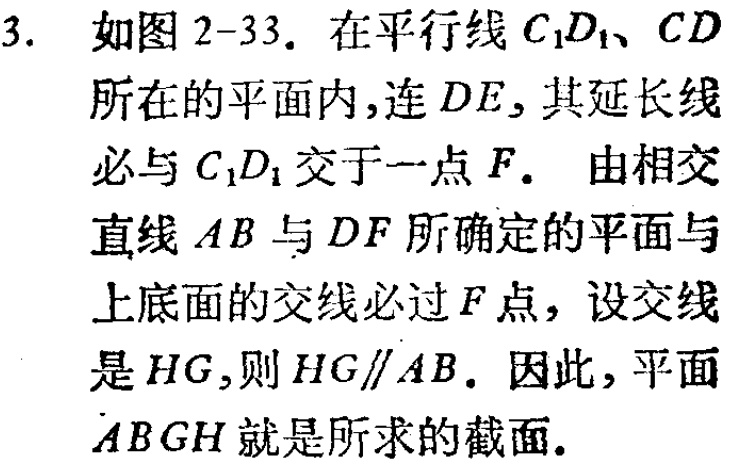
3. 如图 2-33. 在平行线 \(C_{1}D_{1}、CD\) 所在的平面内,连 \(DE\), 其延长线必与 \(C_{1}D_{1}\) 交于一点 \(F\). 由相交直线 \(AB\) 与 \(DF\) 所确定的平面与上底面的交线必过 \(F\) 点, 设交线是 \(HG\),则 \(HG\parallel AB\). 因此, 平面 \(ABGH\) 就是所求的截面.